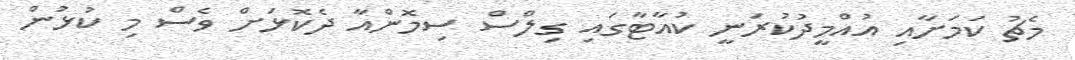
މެޗު ކަމަށާއި އުއްމީދުކުރަނީ ކުއާޓާގައި ގިލްސް ސިމޮންއާ ދެކޮޅަށް ވެސް މި ކުޅުން